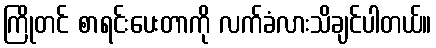
ကြိုတင် စာရင်းပေးတာကို လက်ခံလားသိချင်ပါတယ်။